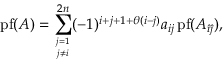
\operatorname { p f } ( A ) = \sum _ { { j = 1 } \atop { j \neq i } } ^ { 2 n } ( - 1 ) ^ { i + j + 1 + \theta ( i - j ) } a _ { i j } \operatorname { p f } ( A _ { { \hat { \imath } } { \hat { \jmath } } } ) ,